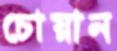
চোয়ান